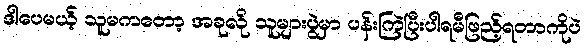
ဒါပေမယ့် သူမကတော့ အခုလို သူများပွဲမှာ ပန်းကြဲပြီးပါရမီဖြည့်ရတာကိုပဲ